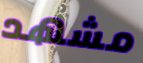
مشهد